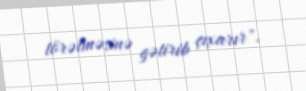
törətməsinə gətirib çıxarır".